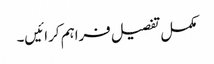
مکمل تفصیل فراہم کرائیں۔